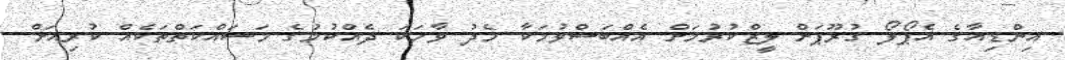
އިންޑިއާގެ އެޕޯލޯ ގުރޫޕަށް ލީޒްކުރުމަށް އެއްބަސްވުމަކާ މެދު ވާހަކަ ދެއްކުމުގެ މަސައްކަތްތަކެއް ކުރިއަށް